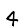
Digit: 4